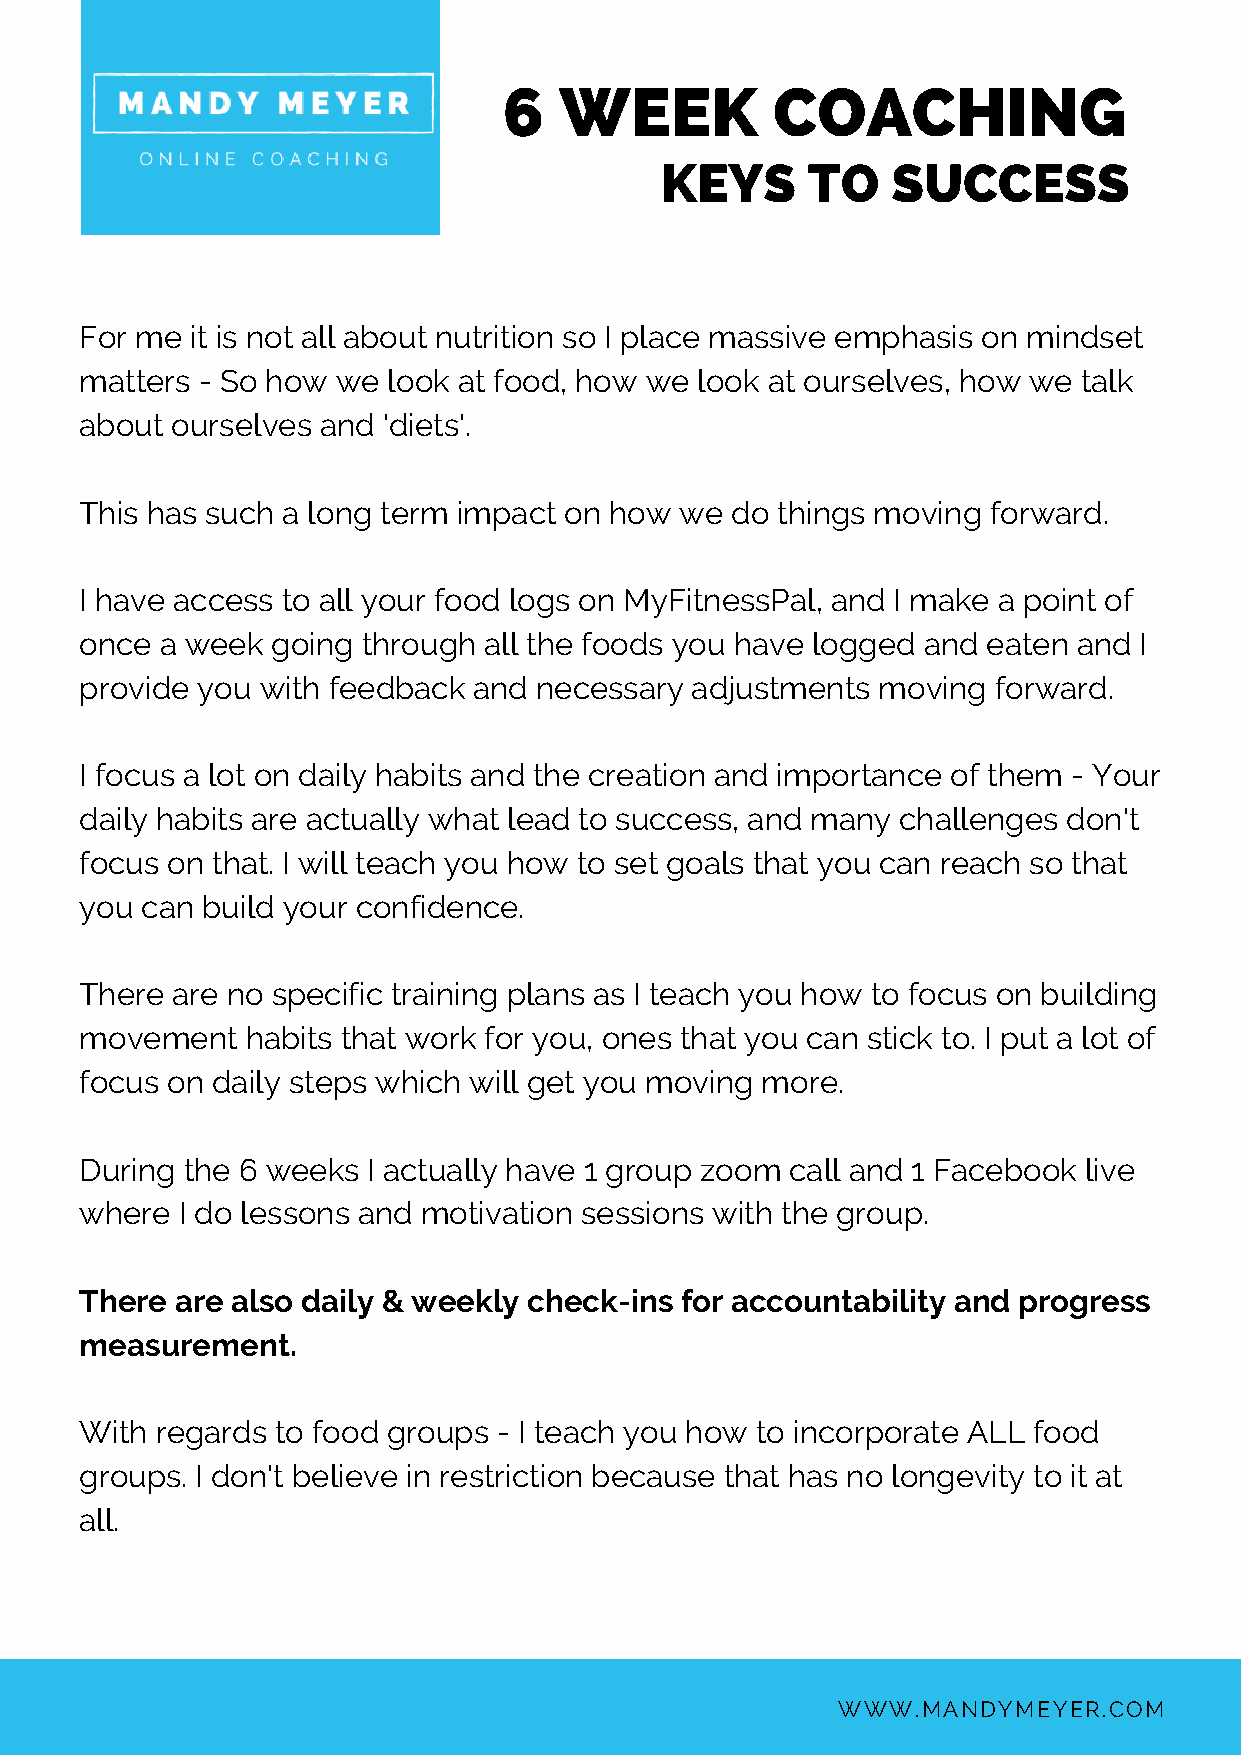
6   WEEK          COACHING
 KEYS     TO    SUCCESS
 For me  it is not all about nutrition so I place massive emphasis on mindset
 matters - So how we  look at food, how we look at ourselves, how we talk
 about ourselves and 'diets'.
 This has such a long term impact on how we do things moving  forward.
 I have access to all your food logs on MyFitnessPal, and I make a point of
 once  a week going through all the foods you have logged and eaten and I
 provide you with feedback and necessary  adjustments moving  forward.
 I focus a lot on daily habits and the creation and importance of them - Your
 daily habits are actually what lead to success, and many challenges don't
 focus on that. I will teach you how to set goals that you can reach so that
 you can build your confidence.
 There are no specific training plans as I teach you how to focus on building
 movement   habits that work for you, ones that you can stick to. I put a lot of
 focus on daily steps which will get you moving more.
 During the 6 weeks I actually have 1 group zoom call and 1 Facebook live
 where  I do lessons and motivation sessions with the group.
 There  are also daily & weekly check-ins for accountability and progress
 measurement.
 With regards to food groups - I teach you how to incorporate ALL food
 groups. I don't believe in restriction because that has no longevity to it at
 all.
 WWW.MANDYMEYER.COM